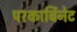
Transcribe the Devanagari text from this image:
परकार्बिनेट